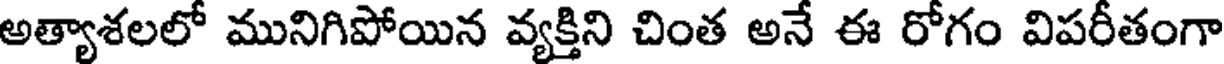
అత్యాశలలో మునిగిపోయిన వ్యక్తిని చింత అనే ఈ రోగం విపరీతంగా